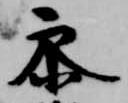
参